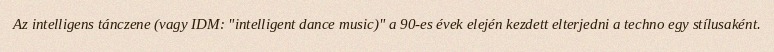
Az intelligens tánczene (vagy IDM: "intelligent dance music)" a 90-es évek elején kezdett elterjedni a techno egy stílusaként.